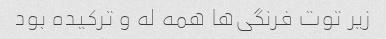
زیر توت فرنگی‌ها همه له و ترکیده بود